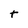
Character: t